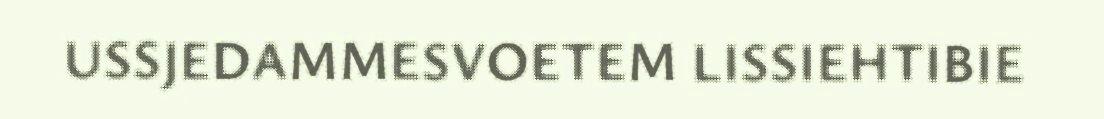
USSJEDAMMESVOETEM LISSIEHTIBIE